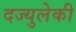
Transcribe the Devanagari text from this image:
दज्युलेकी